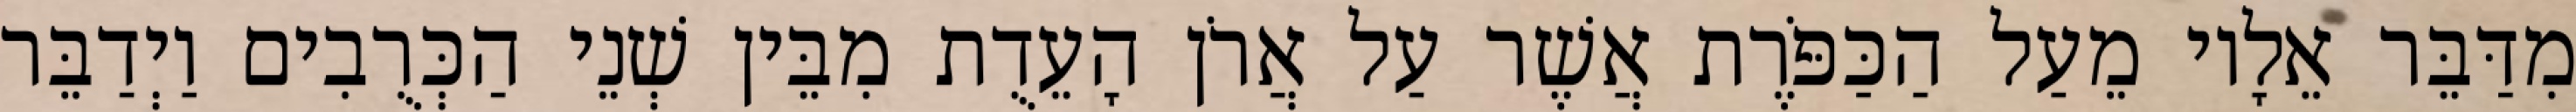
מִדַּבֵּר אֵלָיו מֵעַל הַכַּפֹּרֶת אֲשֶׁר עַל אֲרֹן הָעֵדֻת מִבֵּין שְׁנֵי הַכְּרֻבִים וַיְדַבֵּר